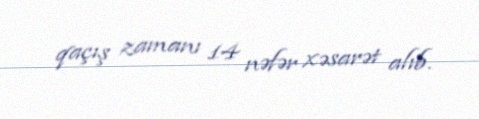
qaçış zamanı 14 nəfər xəsarət alıb.